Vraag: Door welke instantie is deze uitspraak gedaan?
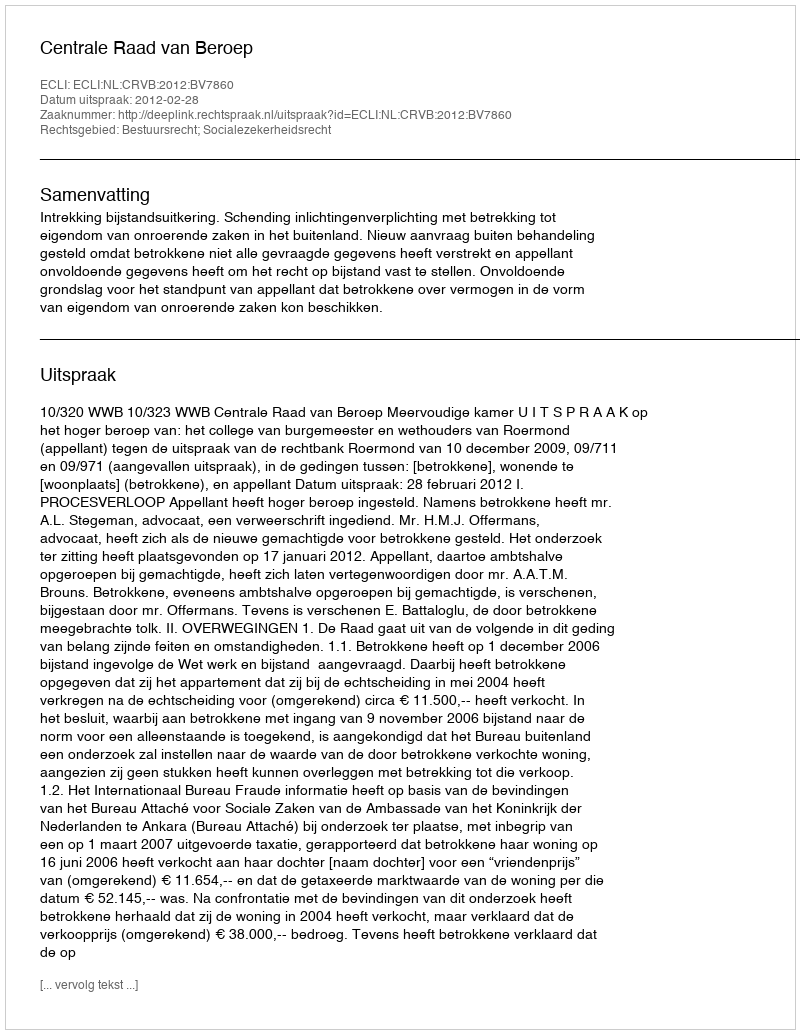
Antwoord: Centrale Raad van Beroep